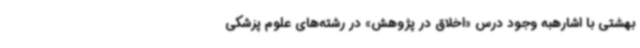
بهشتی با اشارهبه وجود درس «اخلاق در پژوهش» در رشته‌های علوم پزشکی